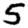
Digit: 5